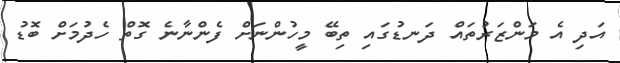
އަދި އެ މަންޒަރުތައް ދަނޑުގައި ތިބޭ މީހުންނަށް ފެންނާނެ ގޮތް ހެދުމަށް ބޮޑު